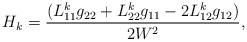
LaTeX: \begin{align*}H_{k}=\frac{(L_{11}^{k}g_{22}+L_{22}^{k}g_{11}-2L_{12}^{k}g_{12})}{2W^{2}},\end{align*}